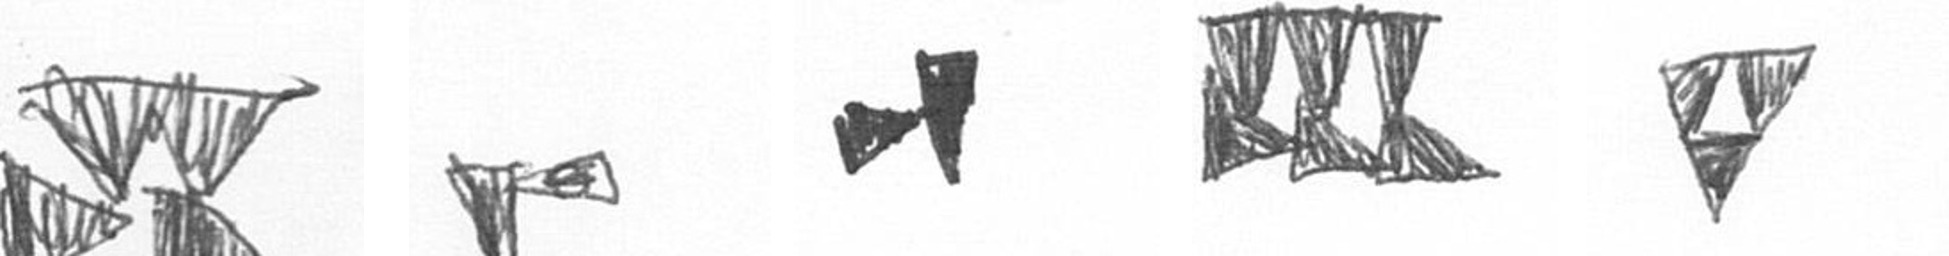
B F M D S